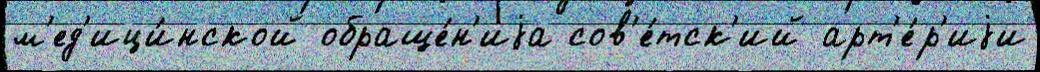
м'ед'ици́нской обраще́н'иjа сов'е́тск'ий арт'е́р'иjи